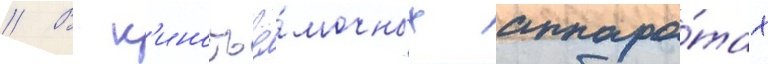
// В к'иносъё́мочных аппара́тах